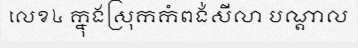
លេខ៤ ក្នុងស្រុកកំពង់សីលា បណ្តាល